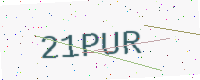
Text: 21PUR